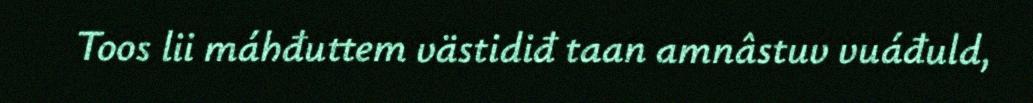
Toos lii máhđuttem västidiđ taan amnâstuv vuáđuld,